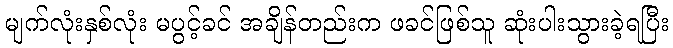
မျက်လုံးနှစ်လုံး မပွင့်ခင် အချိန်တည်းက ဖခင်ဖြစ်သူ ဆုံးပါးသွားခဲ့ရပြီး